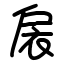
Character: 扆